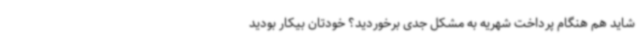
شاید هم هنگام پرداخت شهریه به مشکل جدی برخوردید؟ خودتان بیکار بودید